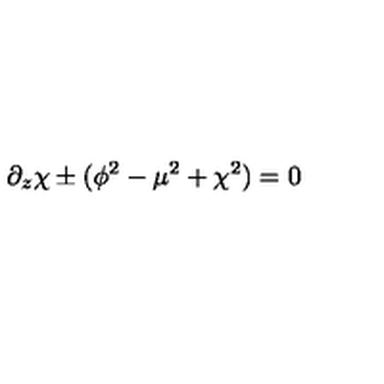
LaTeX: \partial _ { z } \chi \pm ( \phi ^ { 2 } - \mu ^ { 2 } + \chi ^ { 2 } ) = 0